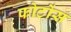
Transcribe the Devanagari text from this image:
फोटोंस